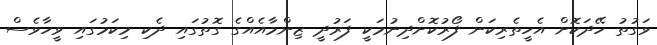
ވަގުތު ހޭދަކޮށް އެހީތެރިކަން ފޯރުކޮށްދިނުމަކީ ފަރުދީ ޒިންމާއެއްގެ ގޮތުގައި ދެކި މިކަމުގައި ވީހާވެސް